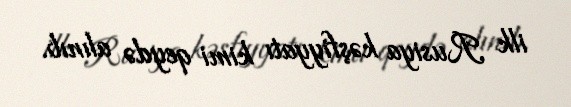
ilk Rusiya kəşfiyyatı kimi qeydə alınıb.